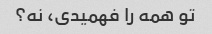
تو همه را فهمیدی، نه؟